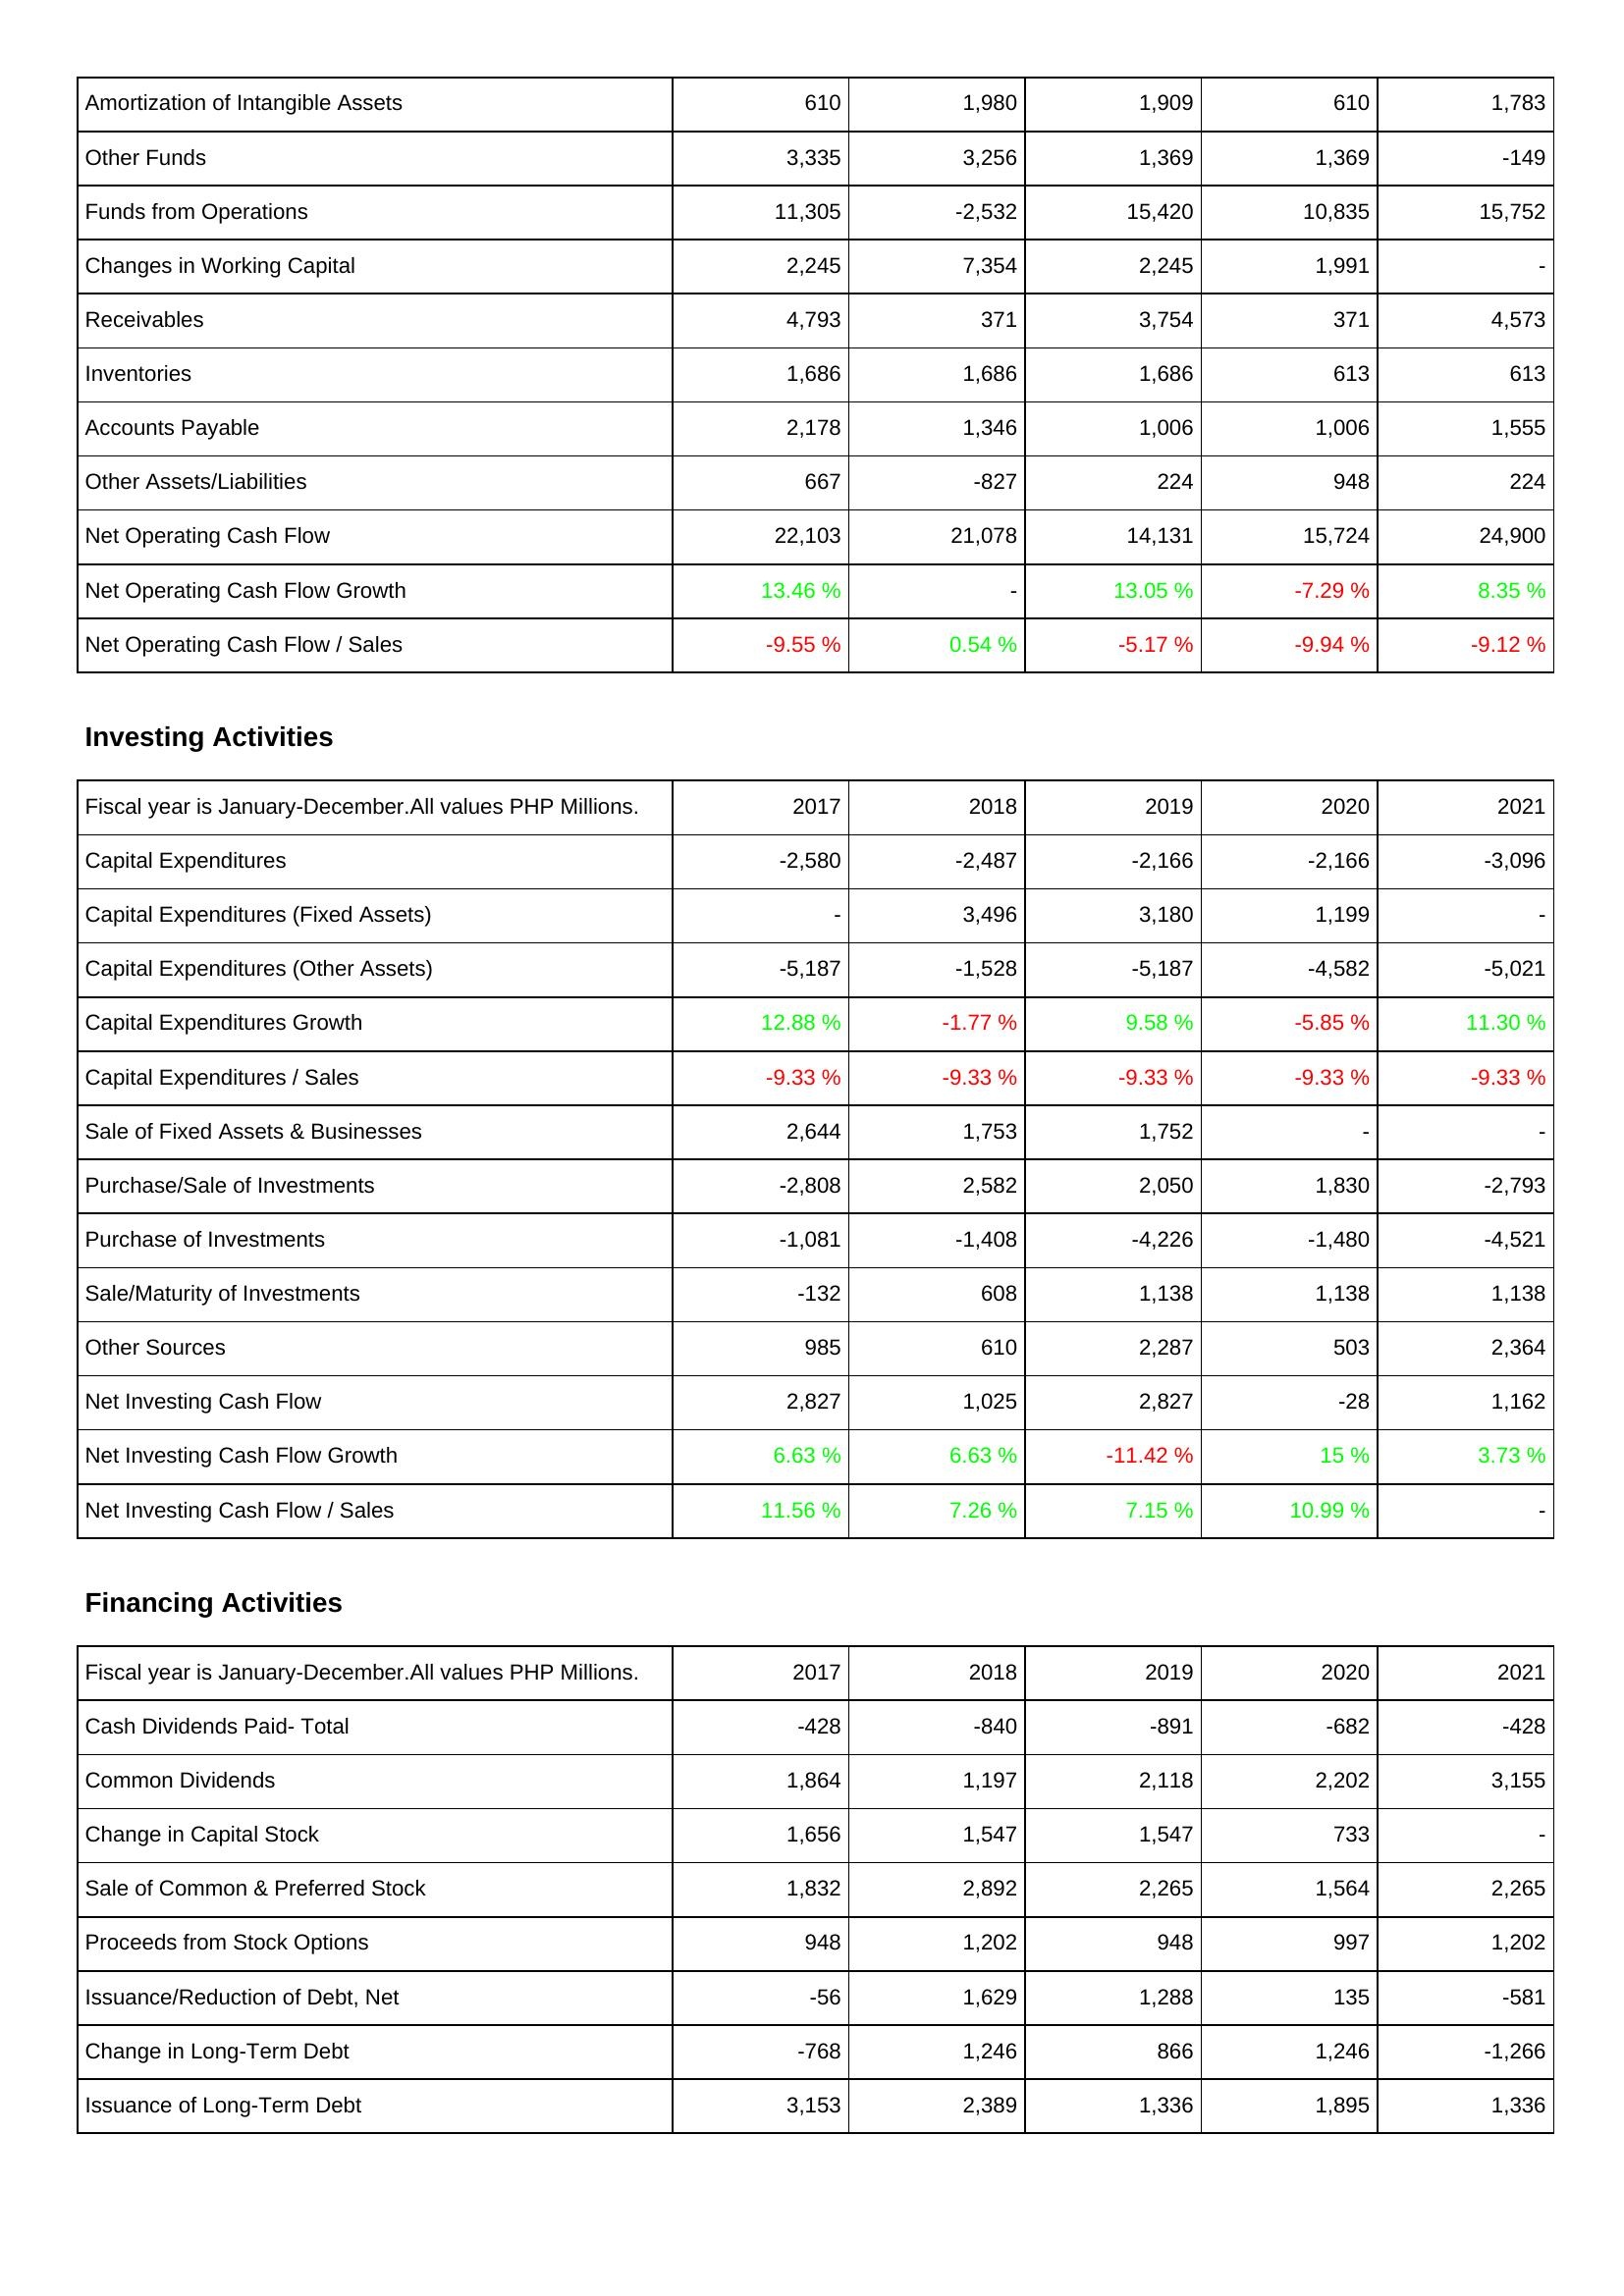
2017: Operating Activities: Amortization of Intangible Assets: 610
Other Funds: 3,335
Funds from Operations: 11,305
Changes in Working Capital: 2,245
Receivables: 4,793
Inventories: 1,686
Accounts Payable: 2,178
Other Assets/Liabilities: 667
Net Operating Cash Flow: 22,103
Net Operating Cash Flow Growth: 13.46 %
Net Operating Cash Flow / Sales: -9.55 %
Investing Activities: Capital Expenditures: -2,580
Capital Expenditures (Fixed Assets): -
Capital Expenditures (Other Assets): -5,187
Capital Expenditures Growth: 12.88 %
Capital Expenditures / Sales: -9.33 %
Sale of Fixed Assets & Businesses: 2,644
Purchase/Sale of Investments: -2,808
Purchase of Investments: -1,081
Sale/Maturity of Investments: -132
Other Sources: 985
Net Investing Cash Flow: 2,827
Net Investing Cash Flow Growth: 6.63 %
Net Investing Cash Flow / Sales: 11.56 %
Financing Activities: Cash Dividends Paid- Total: -428
Common Dividends: 1,864
Change in Capital Stock: 1,656
Sale of Common & Preferred Stock: 1,832
Proceeds from Stock Options: 948
Issuance/Reduction of Debt, Net: -56
Change in Long-Term Debt: -768
Issuance of Long-Term Debt: 3,153
2018: Operating Activities: Amortization of Intangible Assets: 1,980
Other Funds: 3,256
Funds from Operations: -2,532
Changes in Working Capital: 7,354
Receivables: 371
Inventories: 1,686
Accounts Payable: 1,346
Other Assets/Liabilities: -827
Net Operating Cash Flow: 21,078
Net Operating Cash Flow Growth: -
Net Operating Cash Flow / Sales: 0.54 %
Investing Activities: Capital Expenditures: -2,487
Capital Expenditures (Fixed Assets): 3,496
Capital Expenditures (Other Assets): -1,528
Capital Expenditures Growth: -1.77 %
Capital Expenditures / Sales: -9.33 %
Sale of Fixed Assets & Businesses: 1,753
Purchase/Sale of Investments: 2,582
Purchase of Investments: -1,408
Sale/Maturity of Investments: 608
Other Sources: 610
Net Investing Cash Flow: 1,025
Net Investing Cash Flow Growth: 6.63 %
Net Investing Cash Flow / Sales: 7.26 %
Financing Activities: Cash Dividends Paid- Total: -840
Common Dividends: 1,197
Change in Capital Stock: 1,547
Sale of Common & Preferred Stock: 2,892
Proceeds from Stock Options: 1,202
Issuance/Reduction of Debt, Net: 1,629
Change in Long-Term Debt: 1,246
Issuance of Long-Term Debt: 2,389
2019: Operating Activities: Amortization of Intangible Assets: 1,909
Other Funds: 1,369
Funds from Operations: 15,420
Changes in Working Capital: 2,245
Receivables: 3,754
Inventories: 1,686
Accounts Payable: 1,006
Other Assets/Liabilities: 224
Net Operating Cash Flow: 14,131
Net Operating Cash Flow Growth: 13.05 %
Net Operating Cash Flow / Sales: -5.17 %
Investing Activities: Capital Expenditures: -2,166
Capital Expenditures (Fixed Assets): 3,180
Capital Expenditures (Other Assets): -5,187
Capital Expenditures Growth: 9.58 %
Capital Expenditures / Sales: -9.33 %
Sale of Fixed Assets & Businesses: 1,752
Purchase/Sale of Investments: 2,050
Purchase of Investments: -4,226
Sale/Maturity of Investments: 1,138
Other Sources: 2,287
Net Investing Cash Flow: 2,827
Net Investing Cash Flow Growth: -11.42 %
Net Investing Cash Flow / Sales: 7.15 %
Financing Activities: Cash Dividends Paid- Total: -891
Common Dividends: 2,118
Change in Capital Stock: 1,547
Sale of Common & Preferred Stock: 2,265
Proceeds from Stock Options: 948
Issuance/Reduction of Debt, Net: 1,288
Change in Long-Term Debt: 866
Issuance of Long-Term Debt: 1,336
2020: Operating Activities: Amortization of Intangible Assets: 610
Other Funds: 1,369
Funds from Operations: 10,835
Changes in Working Capital: 1,991
Receivables: 371
Inventories: 613
Accounts Payable: 1,006
Other Assets/Liabilities: 948
Net Operating Cash Flow: 15,724
Net Operating Cash Flow Growth: -7.29 %
Net Operating Cash Flow / Sales: -9.94 %
Investing Activities: Capital Expenditures: -2,166
Capital Expenditures (Fixed Assets): 1,199
Capital Expenditures (Other Assets): -4,582
Capital Expenditures Growth: -5.85 %
Capital Expenditures / Sales: -9.33 %
Sale of Fixed Assets & Businesses: -
Purchase/Sale of Investments: 1,830
Purchase of Investments: -1,480
Sale/Maturity of Investments: 1,138
Other Sources: 503
Net Investing Cash Flow: -28
Net Investing Cash Flow Growth: 15 %
Net Investing Cash Flow / Sales: 10.99 %
Financing Activities: Cash Dividends Paid- Total: -682
Common Dividends: 2,202
Change in Capital Stock: 733
Sale of Common & Preferred Stock: 1,564
Proceeds from Stock Options: 997
Issuance/Reduction of Debt, Net: 135
Change in Long-Term Debt: 1,246
Issuance of Long-Term Debt: 1,895
2021: Operating Activities: Amortization of Intangible Assets: 1,783
Other Funds: -149
Funds from Operations: 15,752
Changes in Working Capital: -
Receivables: 4,573
Inventories: 613
Accounts Payable: 1,555
Other Assets/Liabilities: 224
Net Operating Cash Flow: 24,900
Net Operating Cash Flow Growth: 8.35 %
Net Operating Cash Flow / Sales: -9.12 %
Investing Activities: Capital Expenditures: -3,096
Capital Expenditures (Fixed Assets): -
Capital Expenditures (Other Assets): -5,021
Capital Expenditures Growth: 11.30 %
Capital Expenditures / Sales: -9.33 %
Sale of Fixed Assets & Businesses: -
Purchase/Sale of Investments: -2,793
Purchase of Investments: -4,521
Sale/Maturity of Investments: 1,138
Other Sources: 2,364
Net Investing Cash Flow: 1,162
Net Investing Cash Flow Growth: 3.73 %
Net Investing Cash Flow / Sales: -
Financing Activities: Cash Dividends Paid- Total: -428
Common Dividends: 3,155
Change in Capital Stock: -
Sale of Common & Preferred Stock: 2,265
Proceeds from Stock Options: 1,202
Issuance/Reduction of Debt, Net: -581
Change in Long-Term Debt: -1,266
Issuance of Long-Term Debt: 1,336